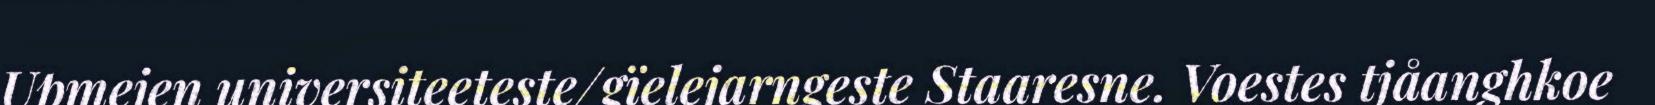
Upmejen universiteeteste/gïelejarngeste Staaresne. Voestes tjåanghkoe